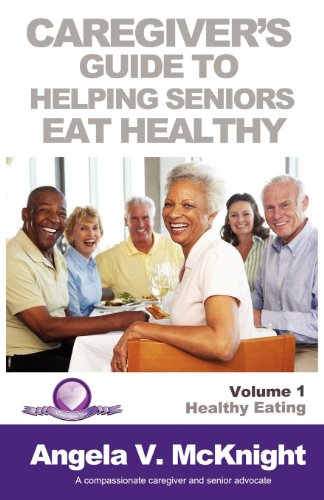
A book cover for Caregiver's Guide to Helping Seniors Eat Healthy; Angela McKnight; Health, Fitness & Dieting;